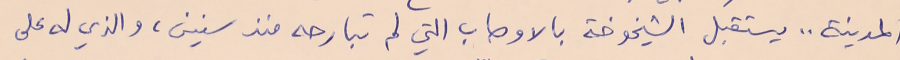
المدينة .. يستقبل الشيخوخة بالاوصاب التي لم تبارحه منذ سنين، والذي له على